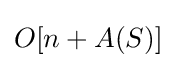
O[n+A(S)]